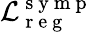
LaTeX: \mathcal{L}_{\mathrm{~r~e~g~}}^{\mathrm{~s~y~m~p~}}